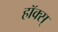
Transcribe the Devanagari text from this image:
हॉक्स्